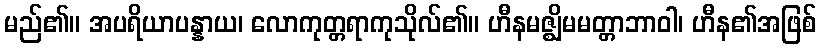
မည်၏။ အပရိယာပန္နာယ၊ လောကုတ္တရာကုသိုလ်၏။ ဟီနမဇ္ဈိမမတ္တာဘာဝါ၊ ဟီန၏အဖြစ်